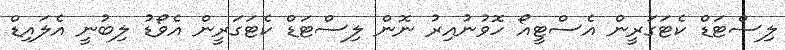
ލިސްޓަޑް ކެޓަގަރީން އެސްޓީއޯ ހޮވުނުއިރު ނޮން ލިސްޓަޑް ކެޓަގަރީން އެވޯޑު ލިބުނީ އެލައިޑް